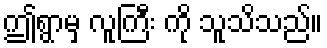
ဤရွာမှ လူကြီး ကို သူသိသည်။